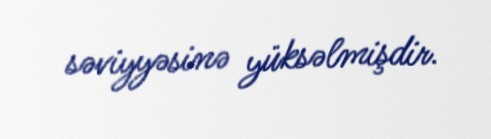
səviyyəsinə yüksəlmişdir.